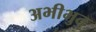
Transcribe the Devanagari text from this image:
अभीभुत